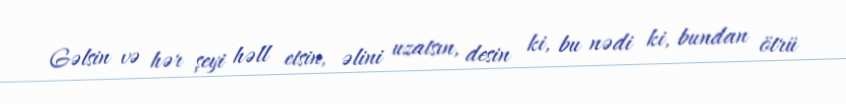
Gəlsin və hər şeyi həll etsin, əlini uzatsın, desin ki, bu nədi ki, bundan ötrü